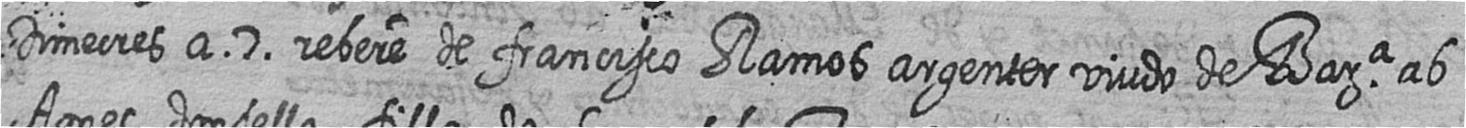
Dimecres a 7 rebere de francisco Ramos argenter viudo de Bara ab